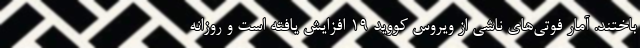
باختند. آمار فوتی‌های ناشی از ویروس کووید ۱۹ افزایش یافته است و روزانه